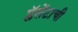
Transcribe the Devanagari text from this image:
प्लॅसेंटाची